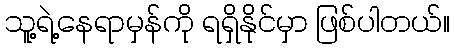
သူ့ရဲ့နေရာမှန်ကို ရရှိနိုင်မှာ ဖြစ်ပါတယ်။